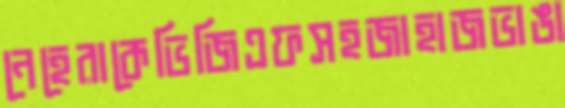
নেহেরাকেভিজিএফসহজাহাজভাঙা